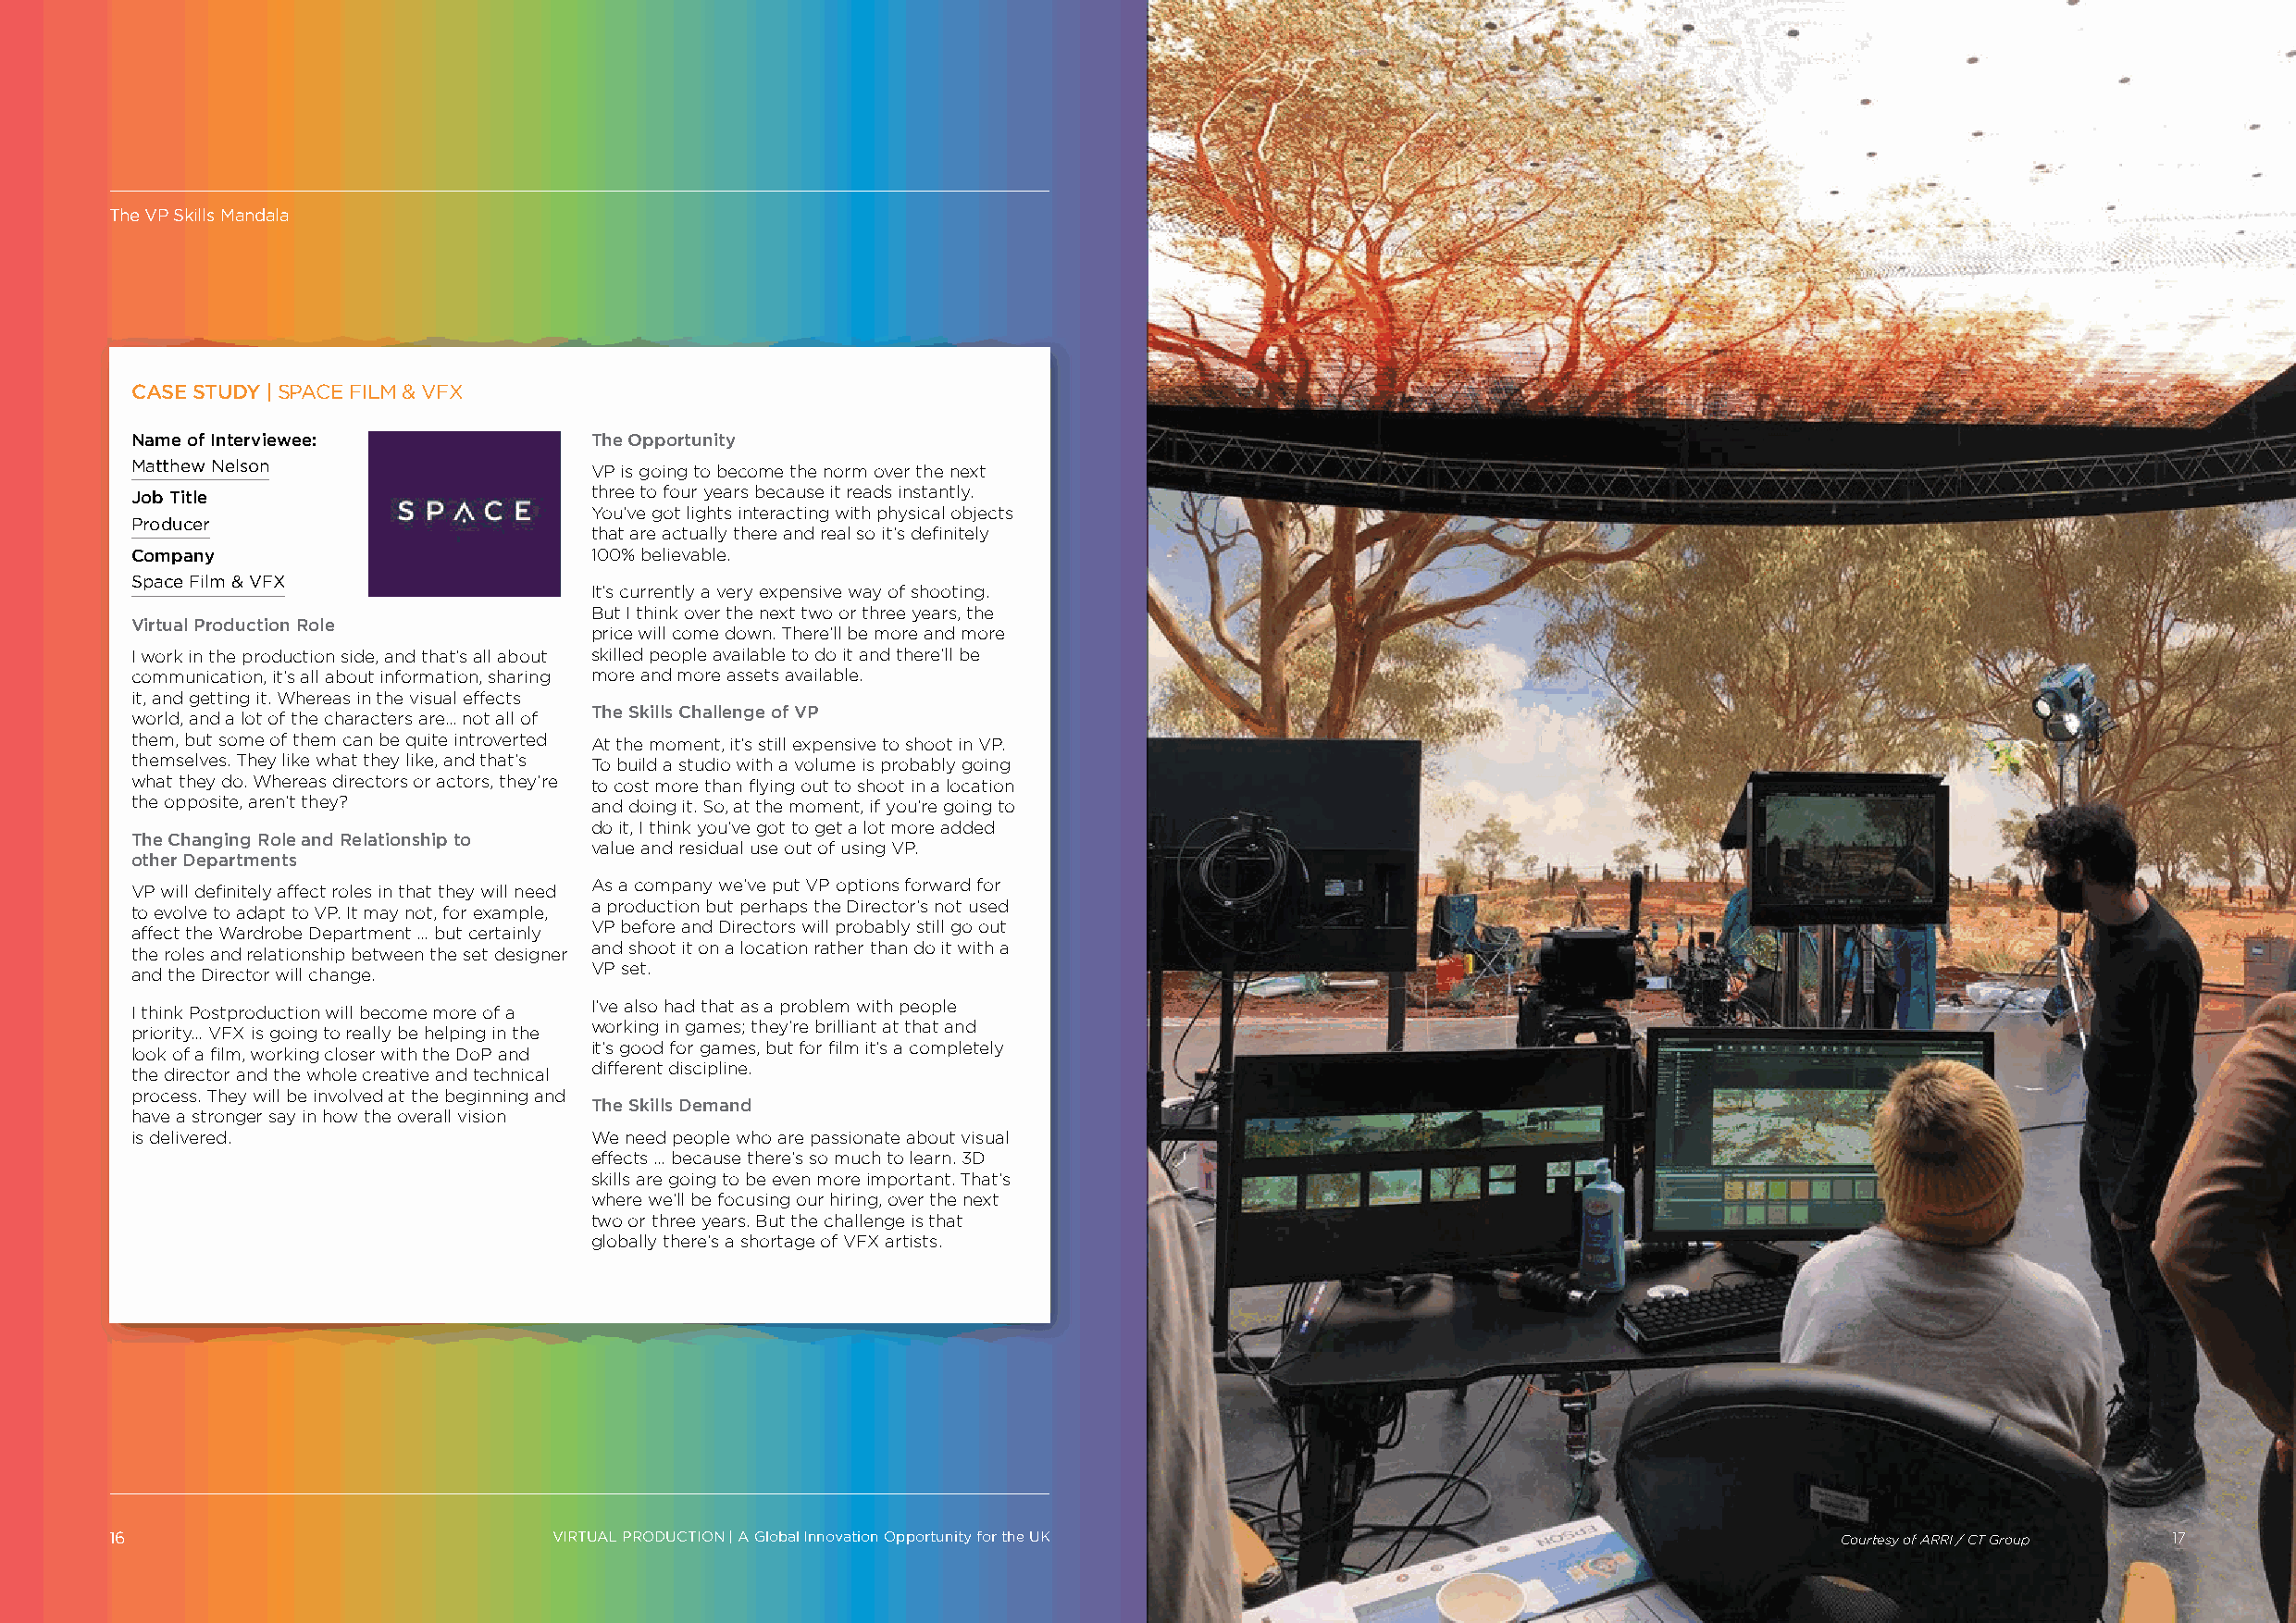
The VP Skills Mandala
 CASE STUDY | SPACE FILM & VFX
 Name of Interviewee:             The Opportunity
 Matthew Nelson                   VP is going to become the norm over the next
 three to four years because it reads instantly.
 Job Title
 You’ve got lights interacting with physical objects
 Producer
 that are actually there and real so it’s definitely
 Company                          100% believable.
 Space Film & VFX
 It’s currently a very expensive way of shooting.
 But I think over the next two or three years, the
 Virtual Production Role
 price will come down. There’ll be more and more
 I work in the production side, and that’s all about skilled people available to do it and there’ll be
 communication, it’s all about information, sharing more and more assets available.
 it, and getting it. Whereas in the visual effects
 world, and a lot of the characters are... not all of The Skills Challenge of VP
 them, but some of them can be quite introverted At the moment, it’s still expensive to shoot in VP.
 themselves. They like what they like, and that’s To build a studio with a volume is probably going
 what they do. Whereas directors or actors, they’re to cost more than flying out to shoot in a location
 the opposite, aren’t they?       and doing it. So, at the moment, if you’re going to
 do it, I think you’ve got to get a lot more added
 The Changing Role and Relationship to
 value and residual use out of using VP.
 other Departments
 As a company we’ve put VP options forward for
 VP will definitely affect roles in that they will need
 a production but perhaps the Director’s not used
 to evolve to adapt to VP. It may not, for example,
 VP before and Directors will probably still go out
 affect the Wardrobe Department … but certainly
 and shoot it on a location rather than do it with a
 the roles and relationship between the set designer
 VP set.
 and the Director will change.
 I’ve also had that as a problem with people
 I think Postproduction will become more of a
 working in games; they’re brilliant at that and
 priority… VFX is going to really be helping in the
 it’s good for games, but for film it’s a completely
 look of a film, working closer with the DoP and
 different discipline.
 the director and the whole creative and technical
 process. They will be involved at the beginning and
 The Skills Demand
 have a stronger say in how the overall vision
 is delivered.                    We need people who are passionate about visual
 effects … because there’s so much to learn. 3D
 skills are going to be even more important. That’s
 where we’ll be focusing our hiring, over the next
 two or three years. But the challenge is that
 globally there’s a shortage of VFX artists.
 16                             VIRTUAL PRODUCTION | A Global Innovation Opportunity for the UK VIRTUAL PRODUCTION | A Global Innovation Opportunity for the UK Courtesy of ARRI / CT Group 17